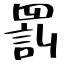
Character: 罰